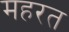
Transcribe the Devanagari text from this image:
महरत